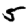
Digit: 5